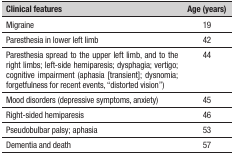
<table><thead><tr><td><b>Clinical features</b></td><td><b>Age (years)</b></td></tr></thead><tbody><tr><td>Migraine</td><td>19</td></tr><tr><td>Paresthesia in lower left limb</td><td>42</td></tr><tr><td>Paresthesia spread to the upper left limb, and tothe right limbs; left-side hemiparesis; dysphagia;vertigo; cognitive impairment (aphasia [transient];dysnomia; forgetfulness for recent events, “distortedvision”)</td><td>44</td></tr><tr><td>Mood disorders (depressive symptoms, anxiety)</td><td>45</td></tr><tr><td>Right-sided hemiparesis</td><td>46</td></tr><tr><td>Pseudobulbar palsy; aphasia</td><td>53</td></tr><tr><td>Dementia and death</td><td>57</td></tr></tbody></table>